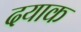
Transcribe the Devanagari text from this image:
दयाक